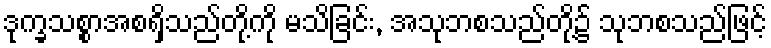
ဒုက္ခသစ္စာအစရှိသည်တို့ကို မသိခြင်း, အသုဘစသည်တို့၌ သုဘစသည်ဖြင့်